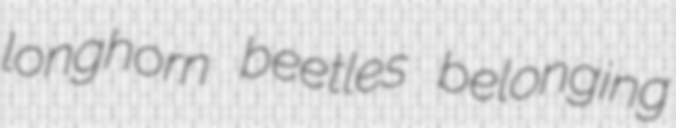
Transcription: longhorn beetles belonging